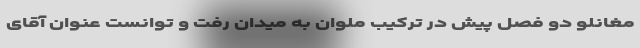
مغانلو دو فصل پیش در ترکیب ملوان به میدان رفت و توانست عنوان آقای